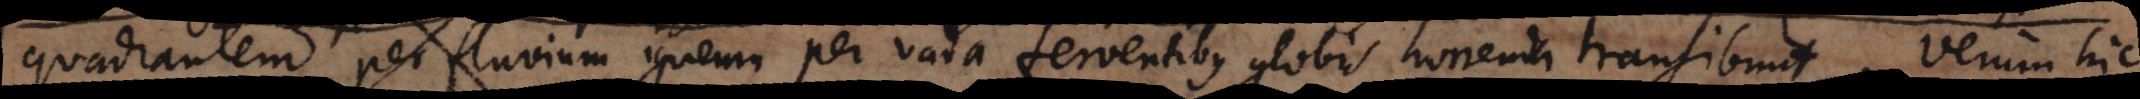
quadrantem per fluvium igneum per vada ferventibus globis horrenda transibunt. Verum hic